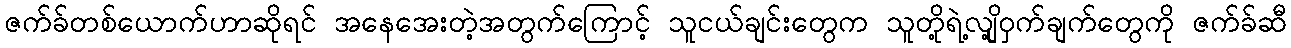
ဇက်ခ်တစ်ယောက်ဟာဆိုရင် အနေအေးတဲ့အတွက်ကြောင့် သူငယ်ချင်းတွေက သူတို့ရဲ့လျို့ဝှက်ချက်တွေကို ဇက်ခ်ဆီ